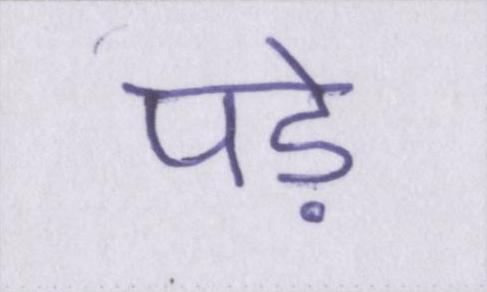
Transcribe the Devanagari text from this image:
पड़े